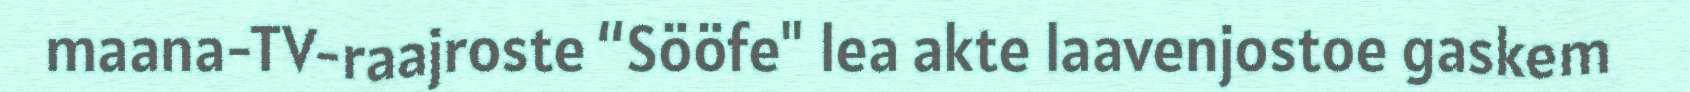
maana-TV-raajroste “Sööfe" lea akte laavenjostoe gaskem